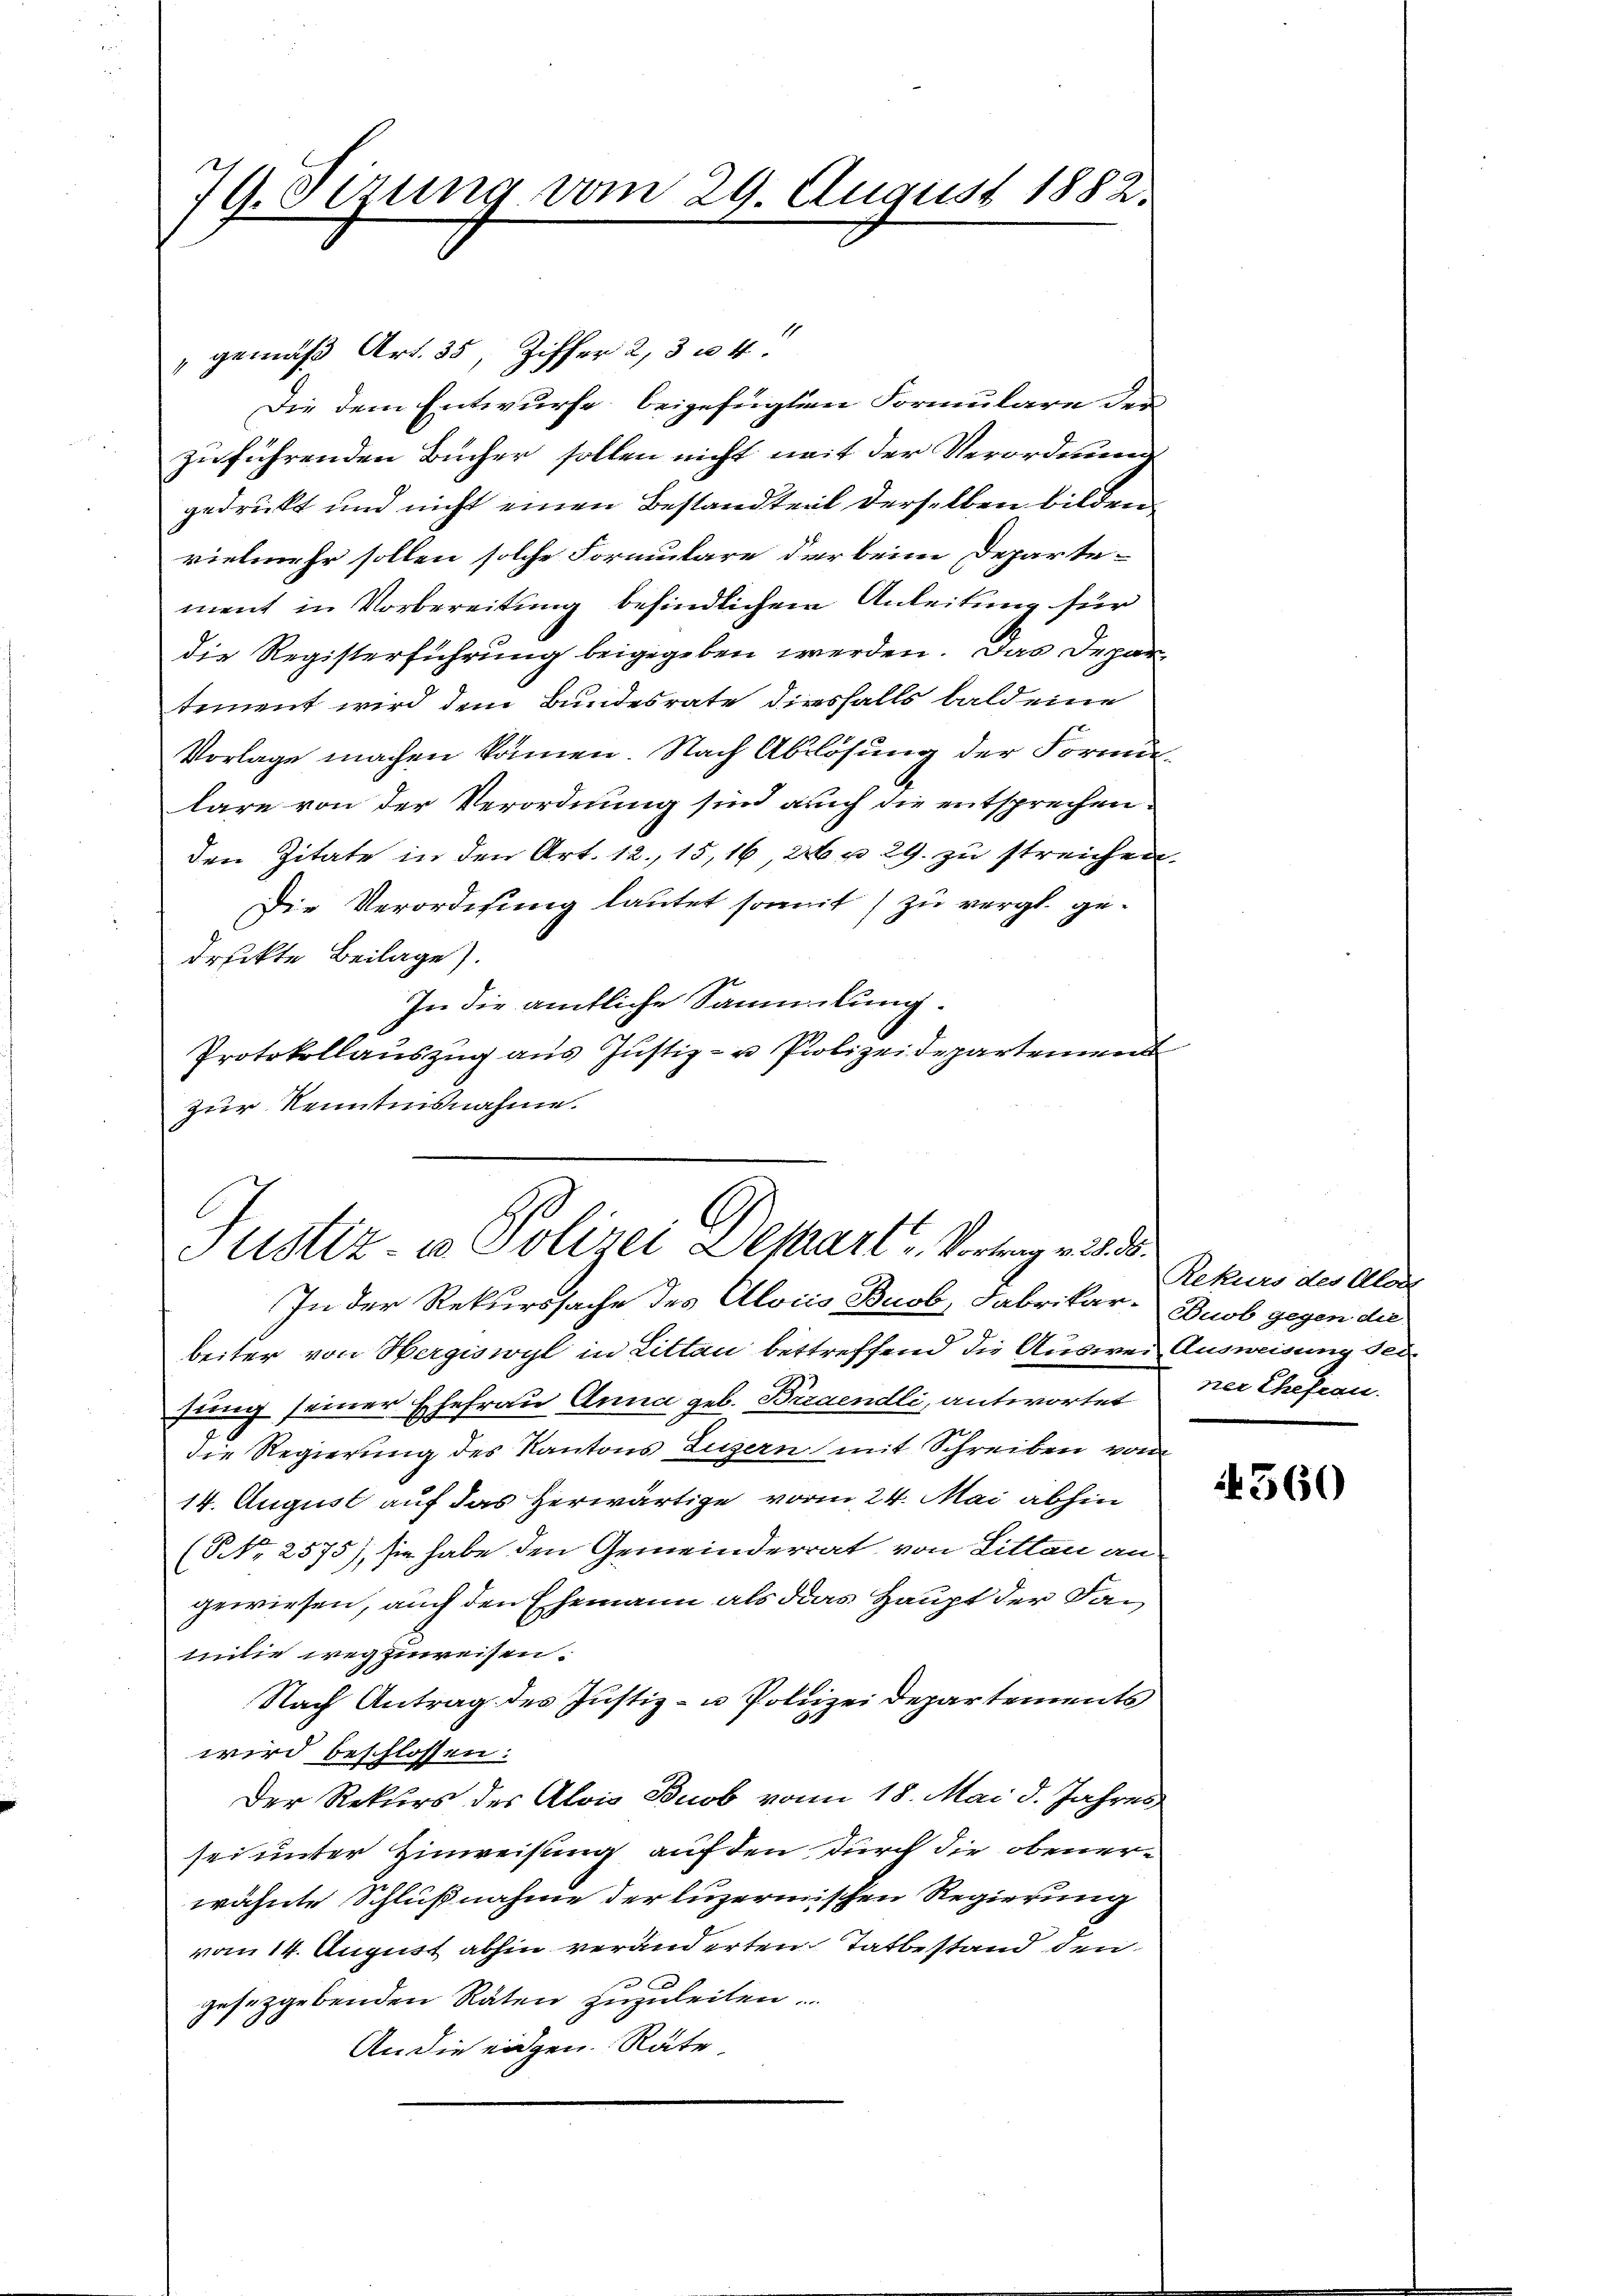
779. Sizung vom 29. August 1882.

"gemäß Art. 35, Ziffer 2, 304.
Die dem Entwurfe beigefügten Formulare der
zuführenden Bücher sollen nicht mit der Verordnung
gedruckt und nicht einen Bestandteil derselben bilden
vielmehr sollen solche Formulare der beim Departement in Vorbereitung befindlichem Anleitung für
die Registerführung beigegeben werden. Das Departement wird dem Bundesrate diesfalls bald eine
Vorlage machen können. Nach Ablösung der Formun-
lare von der Verordnung sind auch die entsprechen.
den Zitate in den Art. 12., 15, 16, 26 u. 29. zu streichen.
Die Verordnung lautet somit zu vergl. gedruckte Beilage).
In die amtliche Sammlung.
Protokollaŭszŭg aŭs Jŭstiz- u Polizeidepartemend
zur Kenntnisnahme.

Justiz- u Polizei Demart, Vortrag v. 28. d.
In der Rekurssache des Alois Buob, Fabrikar-Duob gegen die

beiter von Hergiswyl in Littau betreffend die Auswei Ausweisung seihung seiner Ehefrau Anna geb. Braendli, antwortet
die Regierung des Kantons Luzern mit Schreiben vom
14. August auf das Herwärtige vom 24. Mai abhin
(Nr. 2575), sie habe den Gemeinderrat, von Litten an
gewiesen, auch den Ehemann als das Haupt der Familie wegzuweisen.
Nach Antrag des Justiz- u Polizei Departements
wird beschlossen:
Der Rekurs des Alois Buob vom 18. Mai d. Jahres
sei unter Hinweisung auf den durch die obenerwähnte Schlußnahme der luzernischen Regierung
vom 14. August abhin veränderten Tatbestand den
a
gesetzgebenden Räten zuzuleiten.
An die eidgen. Räte

Rekurs des Alar
ner Ehefrau.

4560